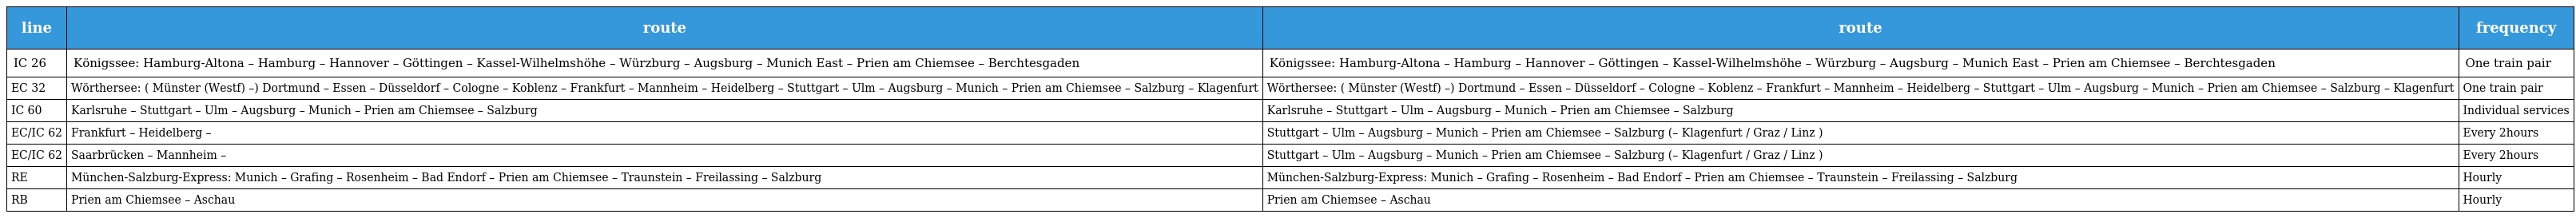
| line | route | route | frequency |
 | --- | --- | --- | --- |
 | IC 26 | Königssee: Hamburg-Altona – Hamburg – Hannover – Göttingen – Kassel-Wilhelmshöhe – Würzburg – Augsburg – Munich East – Prien am Chiemsee – Berchtesgaden | Königssee: Hamburg-Altona – Hamburg – Hannover – Göttingen – Kassel-Wilhelmshöhe – Würzburg – Augsburg – Munich East – Prien am Chiemsee – Berchtesgaden | One train pair |
 | EC 32 | Wörthersee: ( Münster (Westf) –) Dortmund – Essen – Düsseldorf – Cologne – Koblenz – Frankfurt – Mannheim – Heidelberg – Stuttgart – Ulm – Augsburg – Munich – Prien am Chiemsee – Salzburg – Klagenfurt | Wörthersee: ( Münster (Westf) –) Dortmund – Essen – Düsseldorf – Cologne – Koblenz – Frankfurt – Mannheim – Heidelberg – Stuttgart – Ulm – Augsburg – Munich – Prien am Chiemsee – Salzburg – Klagenfurt | One train pair |
 | IC 60 | Karlsruhe – Stuttgart – Ulm – Augsburg – Munich – Prien am Chiemsee – Salzburg | Karlsruhe – Stuttgart – Ulm – Augsburg – Munich – Prien am Chiemsee – Salzburg | Individual services |
 | EC/IC 62 | Frankfurt – Heidelberg – | Stuttgart – Ulm – Augsburg – Munich – Prien am Chiemsee – Salzburg (– Klagenfurt / Graz / Linz ) | Every 2hours |
 | EC/IC 62 | Saarbrücken – Mannheim – | Stuttgart – Ulm – Augsburg – Munich – Prien am Chiemsee – Salzburg (– Klagenfurt / Graz / Linz ) | Every 2hours |
 | RE | München-Salzburg-Express: Munich – Grafing – Rosenheim – Bad Endorf – Prien am Chiemsee – Traunstein – Freilassing – Salzburg | München-Salzburg-Express: Munich – Grafing – Rosenheim – Bad Endorf – Prien am Chiemsee – Traunstein – Freilassing – Salzburg | Hourly |
 | RB | Prien am Chiemsee – Aschau | Prien am Chiemsee – Aschau | Hourly |